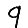
Digit: 9